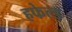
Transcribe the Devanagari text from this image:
हफेल्ड